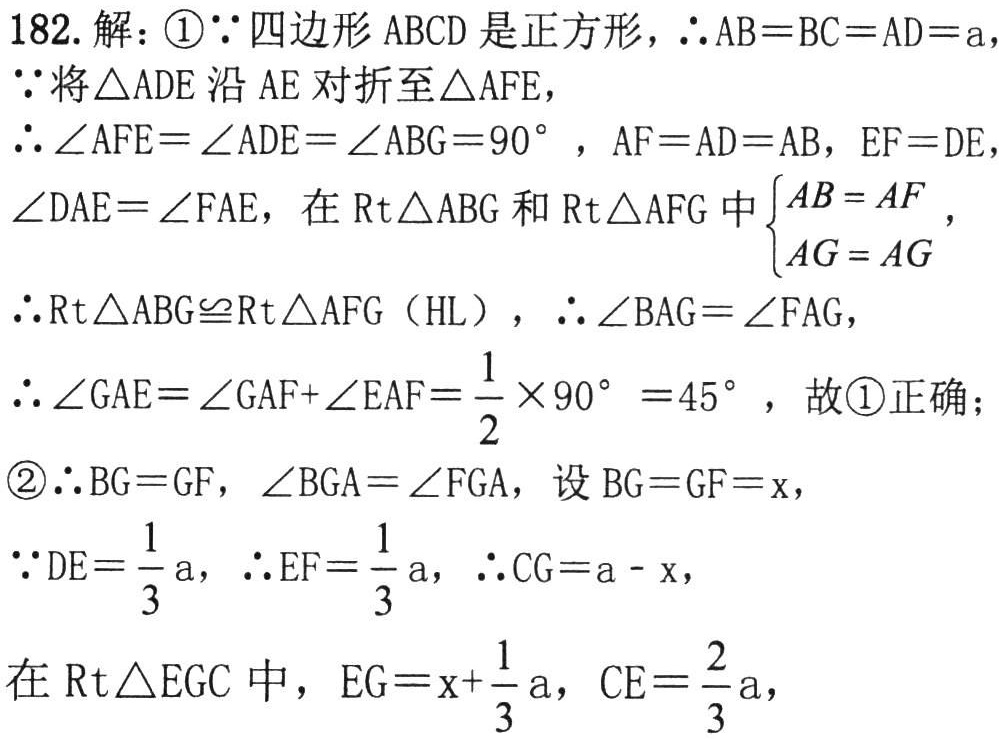
182. 解：\textcircled{1}\(\because\)四边形 \(ABCD\) 是正方形，\(\therefore AB = BC = AD=a\)，
\(\because\)将\(\triangle ADE\)沿 \(AE\) 对折至\(\triangle AFE\)，
\(\therefore\angle AFE=\angle ADE=\angle ABG = 90^{\circ}\)，\(AF = AD = AB\)，\(EF = DE\)，
\(\angle DAE=\angle FAE\)，在\(\text{Rt}\triangle ABG\)和\(\text{Rt}\triangle AFG\)中\(\begin{cases}AB = AF\\AG = AG\end{cases}\)，
\(\therefore\text{Rt}\triangle ABG\cong\text{Rt}\triangle AFG\)（HL），\(\therefore\angle BAG=\angle FAG\)，
\(\therefore\angle GAE=\angle GAF+\angle EAF=\frac{1}{2}\times90^{\circ}=45^{\circ}\)，故\textcircled{1}正确；
\textcircled{2}\(\therefore BG = GF\)，\(\angle BGA=\angle FGA\)，设 \(BG = GF = x\)，
\(\because DE=\frac{1}{3}a\)，\(\therefore EF=\frac{1}{3}a\)，\(\therefore CG=a - x\)，
在\(\text{Rt}\triangle EGC\)中，\(EG=x+\frac{1}{3}a\)，\(CE=\frac{2}{3}a\)，